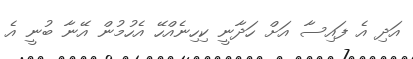
އަދި އެ ފައިސާ އަށް ހަދާނީ ކިހިނެއްހޭ އެހުމުން އޭނާ ބުނީ އެ